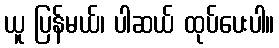
ယူ ပြန်မယ်၊ ပါဆယ် ထုပ်ပေးပါ။